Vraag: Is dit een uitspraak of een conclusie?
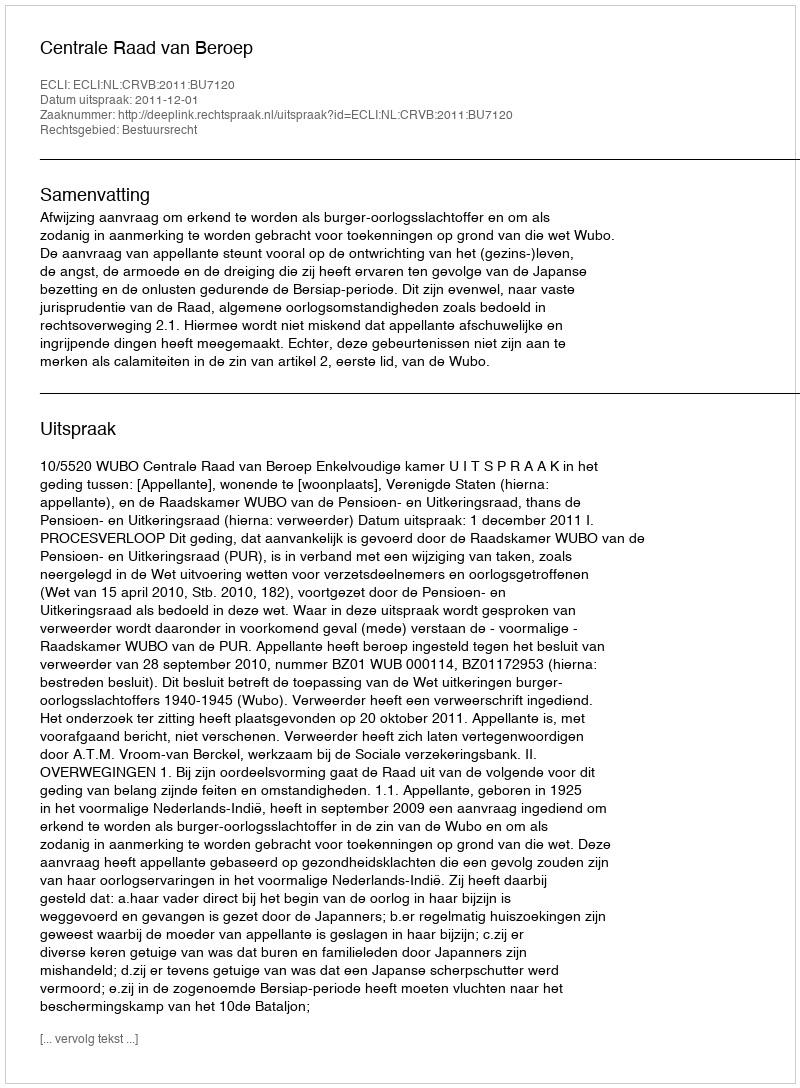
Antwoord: Uitspraak